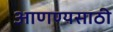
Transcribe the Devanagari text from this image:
आणण्यसाठी